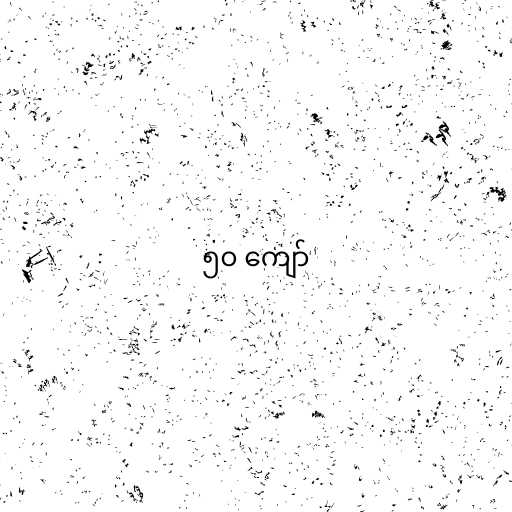
၅၀ ကျော်